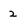
Character: 2